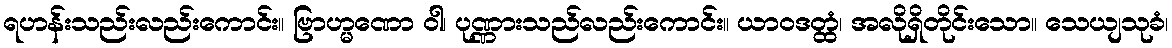
ရဟန်းသည်းလည်းကောင်း။ ဗြာဟ္မဏော ဝါ၊ ပုဏ္ဏားသည်လည်းကောင်း။ ယာဝဒတ္ထံ၊ အလိုရှိတိုင်းသော။ သေယျသုခံ၊